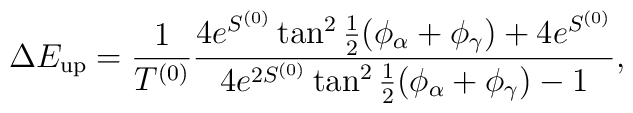
\Delta E_{\rm up} = \frac{1}{T^{(0)}} \frac{4e^{S^{(0)}} \tan^2 \frac{1}{2}(\phi_\alpha + \phi_\gamma) + 4 e^{S^{(0)}} }{4 e^{2S^{(0)}} \tan^2 \frac{1}{2}(\phi_\alpha + \phi_\gamma) - 1} ,